Report of the Municipal Commissioner on the plague in Bombay for the year ending 31st May... - Volume 3
Disease focus: Plague
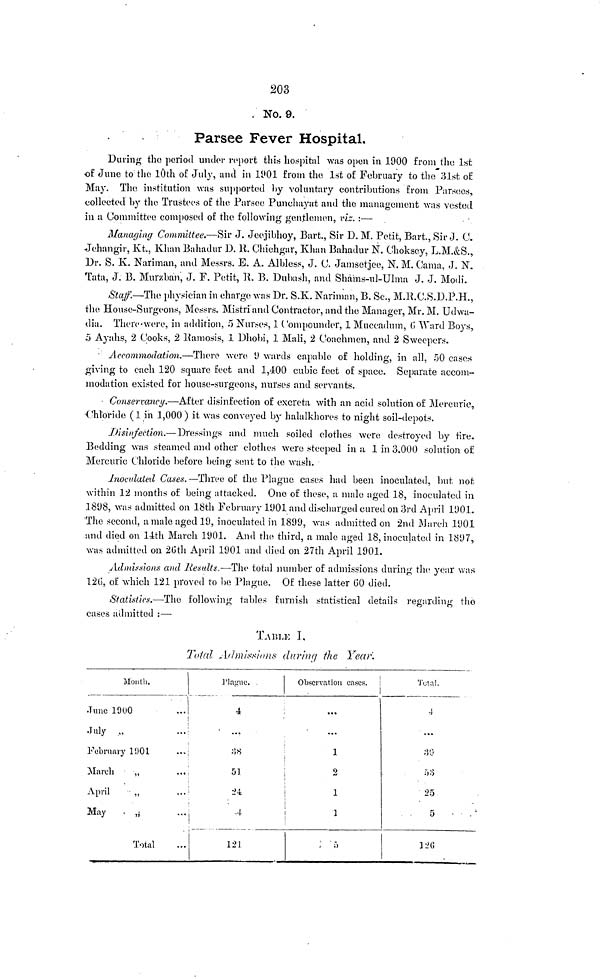
203
No. 9.
Farsee Fever Hospital.
During the period under report this hospital was open in 1900 from the 1st
of June to the 10th of July, and in 1901 from the 1st of February to the 31st of
May. The institution was supported by voluntary contributions from Parsees,
collected by the Trustees of the Farseo Punehayat and the management was vested
in a Committee composed of the following gentlemen, viz. :—
Managing Committee.—Sir J. Jeejibhoy, Bart., Sir D. M. Petit, Bart., Sir J. C.
Jehangir, Kt,, Khan Bahadur D. 11. Chichgar, Khan Bahadur N. Choksey, L.M.&S.,
Dr. S. K. Nariman, and Messrs. E. A. Albless, J. C. Jamsetjee, N. M. (Jama, J. N.
Tata, J. B. Murzban, J. F. Petit, H, B. Dubash, and Shams-ul-Ulma J. J. Modi.
Staff.—The physician in charge was Dr. S.K. Nariman, B. Sc., M.R.C.S.D.P.H.,
the House-Surgeons, Messrs. Mistri and Contractor, and the Manager, Mr. M. Udwa-
dia. There-were, in addition, 5 Nurses, 1 Compounder, 1 Muecadum, 6 Ward Boys,
5 Ayahs, 2 Cooks, 2 Ramosis, 1 Dhobi, 1 Mali, 2 Coachmen, and 2 Sweepers.
Accommodation.—There
were 9 wards capable of holding, in all, 50 cases
giving to each 120 square feet and 1,400 cubic feet of space. Separate accom-
modation existed for house-surgeons, nurses and servants.
Conservancy.—After disinfection of excreta with an acid solution of Mercuric,
Chloride ( 1 in 1,000 ) it was conveyed by halalkhores to night soil-depots.
Disinfection.—Dressings and much soiled clothes were destroyed by fire.
Bedding was steamed and other clothes were steeped in a 1 in 3,000 solution of
Mercuric Chloride before being sent to the wash.
Inoculated Cases.—Three of the Plague cases had been inoculated, but not
within 12 months of being attacked. One of these, a male aged 18, inoculated in
1898, was admitted on 18th February 1901 and discharged cured on 3rd April 1901.
The second, a male aged 19, inoculated in 1899, was admitted on 2nd Mardi 1901
and died on 14th March 1901. And the third, a male aged 18, inoculated in 1897,
was admitted on 26th April 1901 and died on 27th April 1901.
Admissions and Results.—The total number of admissions during the year was
126, of which 121 proved to be Plague. Of these latter 60 died.
Statistics.-—The following tables furnish statistical details regarding the
cases admitted :—
TABLE I.
Total Admissions during the Year.
Month.
June 1900
..
July „
..
February 1ÍJO L
...
March
„
...,
April
„
..."
May
, , {
...;
Total
Plague.
4
• • »
51
4
121
Observation cases.
• ••
»••
2
1
1
5
Total.
4
• •*
25
5